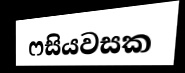
ෆසියවසක